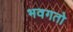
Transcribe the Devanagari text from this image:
भवगतो